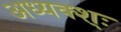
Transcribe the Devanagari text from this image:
अध्यक्श्ः